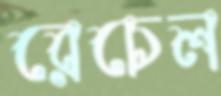
রেচেল